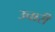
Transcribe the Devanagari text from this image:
उचारी